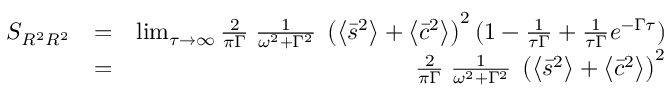
\begin{array} { r l r } { S _ { R ^ { 2 } R ^ { 2 } } } & { = } & { \operatorname* { l i m } _ { \tau \to \infty } \frac { 2 } { \pi \Gamma } \; \frac { 1 } { \omega ^ { 2 } + \Gamma ^ { 2 } } \; \left( \left\langle \bar { s } ^ { 2 } \right\rangle + \left\langle \bar { c } ^ { 2 } \right\rangle \right) ^ { 2 } ( 1 - \frac { 1 } { \tau \Gamma } + \frac { 1 } { \tau \Gamma } e ^ { - \Gamma \tau } ) } \\ & { = } & { \frac { 2 } { \pi \Gamma } \; \frac { 1 } { \omega ^ { 2 } + \Gamma ^ { 2 } } \; \left( \left\langle \bar { s } ^ { 2 } \right\rangle + \left\langle \bar { c } ^ { 2 } \right\rangle \right) ^ { 2 } } \end{array}